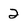
Character: 2